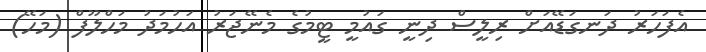
އެފަހަރު ދަނގަޑޭއަށް ރިލީސް ދިނީ ގައުމީ ޓީމުގެ މެނޭޖަރު އަހުމަދު މަހްލޫފް (މަހޭ)